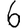
Digit: 6